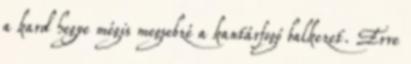
a kard hegye mégis megsebzé a kantárfogó balkezet. Erre